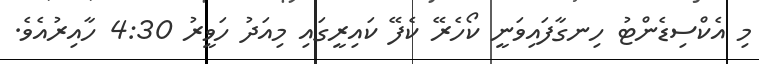
މި އެކްސިޑެންޓު ހިނގާފައިވަނީ ކޯހެރޭ ކެފޭ ކައިރީގައި މިއަދު ހަވީރު 4:30 ހާއިރުއެވެ.